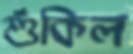
শুঁকিল